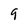
Character: 9